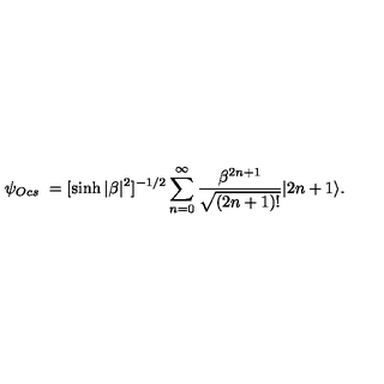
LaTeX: \psi _ { O c s } \ = [ \sinh { | \beta | ^ { 2 } } ] ^ { - 1 / 2 } \sum _ { n = 0 } ^ { \infty } \frac { \beta ^ { 2 n + 1 } } { \sqrt { ( 2 n + 1 ) ! } } | 2 n + 1 \rangle .